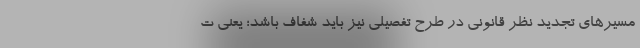
مسیرهای تجدید نظر قانونی در طرح تفصیلی نیز باید شفاف باشد؛ یعنی ت